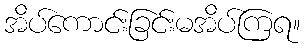
အိပ်ကောင်းခြင်းမအိပ်ကြရ။